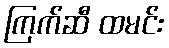
ကြက်ဆီ ထမင်း